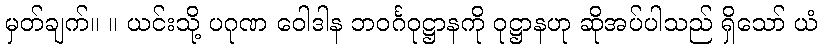
မှတ်ချက်။ ။ ယင်းသို့ ပဂုဏ ဝေါဒါန ဘဝင်္ဂဝုဋ္ဌာနကို ဝုဋ္ဌာနဟု ဆိုအပ်ပါသည် ရှိသော် ယံ